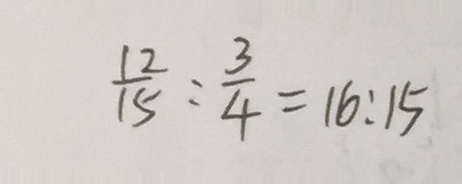
\frac { 1 2 } { 1 5 } : \frac { 3 } { 4 } = 1 6 : 1 5